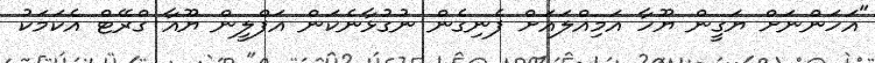
"އަހަންނަށް ޔަގީން ޔޫހާ އަމިއްލައަށް ފެނިގެން ނުގުޅާނެކަން އަފްލީން ޔޫއާ ގްރޭޓް އެކަމަކު